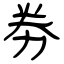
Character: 劵